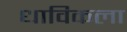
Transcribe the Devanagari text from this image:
धाविकला